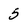
Character: 5